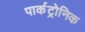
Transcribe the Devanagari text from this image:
पार्कट्रोनिक